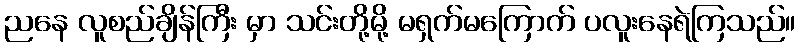
ညနေ လူစည်ချိန်ကြီး မှာ သင်းတို့မို့ မရှက်မကြောက် ပလူးနေရဲကြသည်။